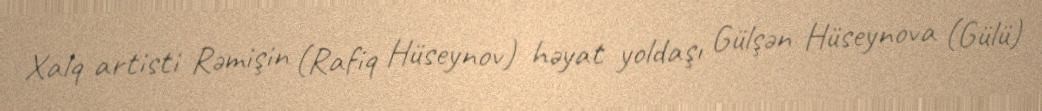
Xalq artisti Rəmişin (Rafiq Hüseynov) həyat yoldaşı Gülşən Hüseynova (Gülü)